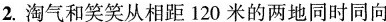
2.淘气和笑笑从相距120米的两地同时同向